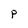
Character: P